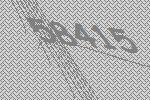
58415